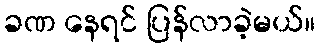
ခဏ နေရင် ပြန်လာခဲ့မယ်။